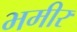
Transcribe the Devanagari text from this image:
भमीर